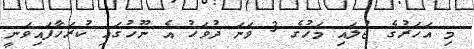
މި އަހަރުގެ ޖުލައި މަހުގެ 3 ވަނަ ދުވަހު އެ ނޫހުގައި ކުރަހާފައިވަނީ